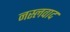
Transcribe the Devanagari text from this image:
नस्‍लवाद